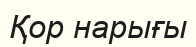
Қор нарығы